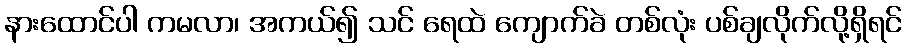
နားထောင်ပါ ကမလာ၊ အကယ်၍ သင် ရေထဲ ကျောက်ခဲ တစ်လုံး ပစ်ချလိုက်လို့ရှိရင်